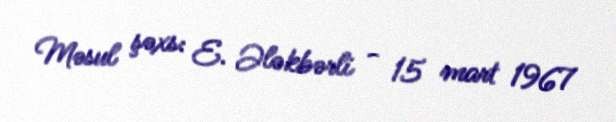
Məsul şəxs: E. Ələkbərli - 15 mart 1967